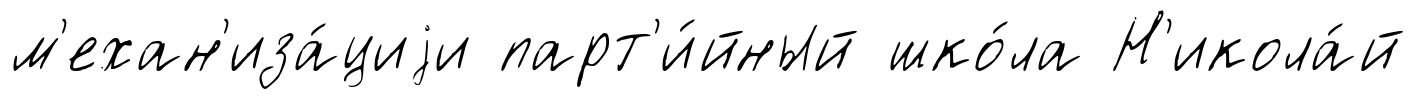
м'ехан'иза́циjи парт'и́йный шко́ла Н'икола́й